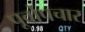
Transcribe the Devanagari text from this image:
पूर्वोपचार